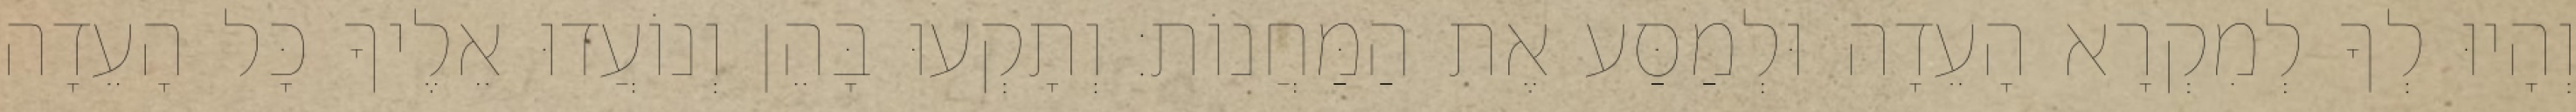
וְהָיוּ לְךָ לְמִקְרָא הָעֵדָה וּלְמַסַּע אֶת הַמַּחֲנוֹת׃ וְתָקְעוּ בָּהֵן וְנוֹעֲדוּ אֵלֶיךָ כָּל הָעֵדָה